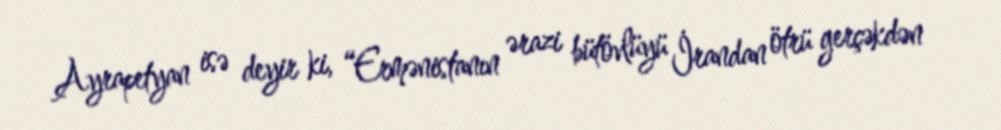
Ayrapetyan isə deyir ki, “Ermənistanın ərazi bütövlüyü İrandan ötrü gerçəkdən